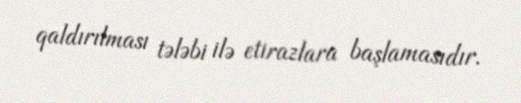
qaldırılması tələbi ilə etirazlara başlamasıdır.